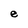
Character: e